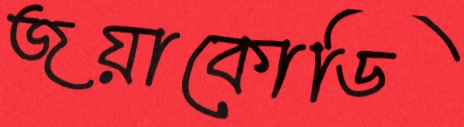
জয়াকোডি